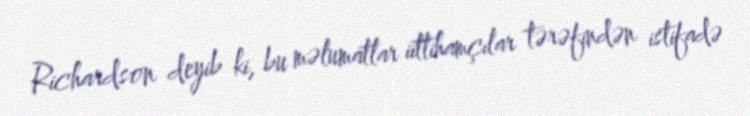
Richardson deyib ki, bu məlumatlar iittihamçılar tərəfindən istifadə